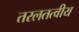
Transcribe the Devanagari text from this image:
तरलतत्वीय